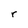
Character: r